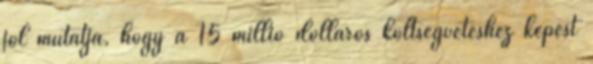
jól mutatja, hogy a 15 millió dolláros költségvetéshez képest